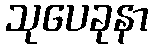
သုပေခုနာ